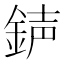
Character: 𨧅